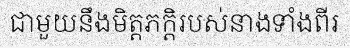
ជាមួយនឹងមិត្តភក្តិរបស់នាងទាំងពីរ